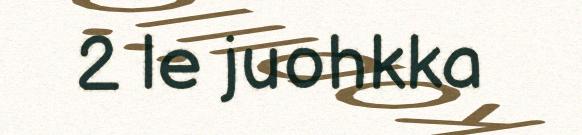
2 le juohkka